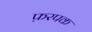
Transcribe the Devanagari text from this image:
फ़रपक